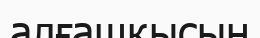
алғашқысын